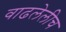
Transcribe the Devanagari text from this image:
वाढलेलीच